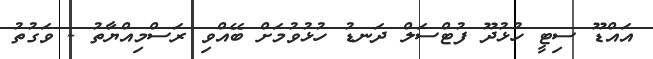
އައްޑޫ ސިޓީ ހުޅުދޫ ފުޓްސަލް ދަނޑު ހުޅުވުމަށް ބޭއްވި ރަސްމިއްޔާތު - ވަގުތު